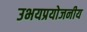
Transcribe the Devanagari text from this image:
उभयप्रयोजनीय